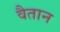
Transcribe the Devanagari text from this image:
वैतान